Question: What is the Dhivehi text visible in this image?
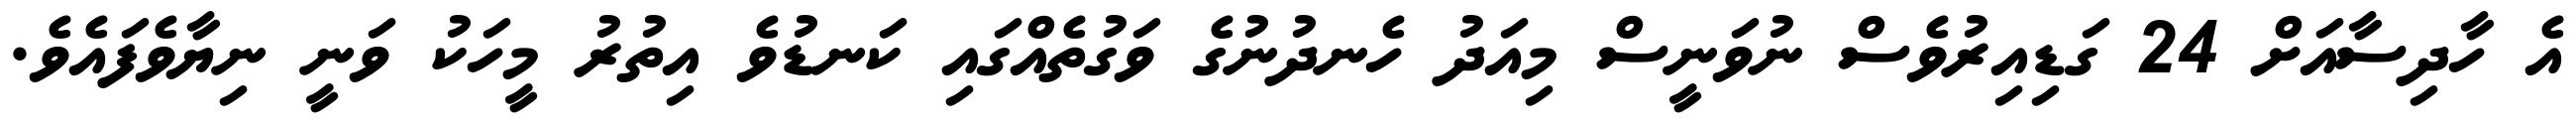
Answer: އެ ހާދިސާއަށް 24 ގަޑިއިރުވެސް ނުވަނީސް މިއަދު ހެނދުނުގެ ވަގުތެއްގައި ކަނޑުވެ އިތުރު މީހަކު ވަނީ ނިޔާވެފައެވެ.